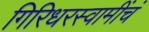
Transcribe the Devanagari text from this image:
गिरिधरस्वामींचं